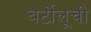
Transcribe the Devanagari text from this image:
बर्टोलूची